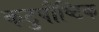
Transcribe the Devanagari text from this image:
कटुपौष्टिक